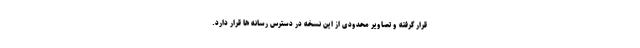
قرار گرفته و تصاویر محدودی از این نسخه در دسترس رسانه ها قرار دارد.